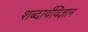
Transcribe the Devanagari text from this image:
शब्दार्थविज्ञान